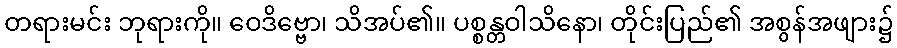
တရားမင်း ဘုရားကို။ ဝေဒိဗ္ဗော၊ သိအပ်၏။ ပစ္စန္တဝါသိနော၊ တိုင်းပြည်၏ အစွန်အဖျား၌